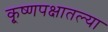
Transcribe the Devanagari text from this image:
कृ्ष्णपक्षातल्या